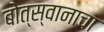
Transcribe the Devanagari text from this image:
बोत्स्वानाचा